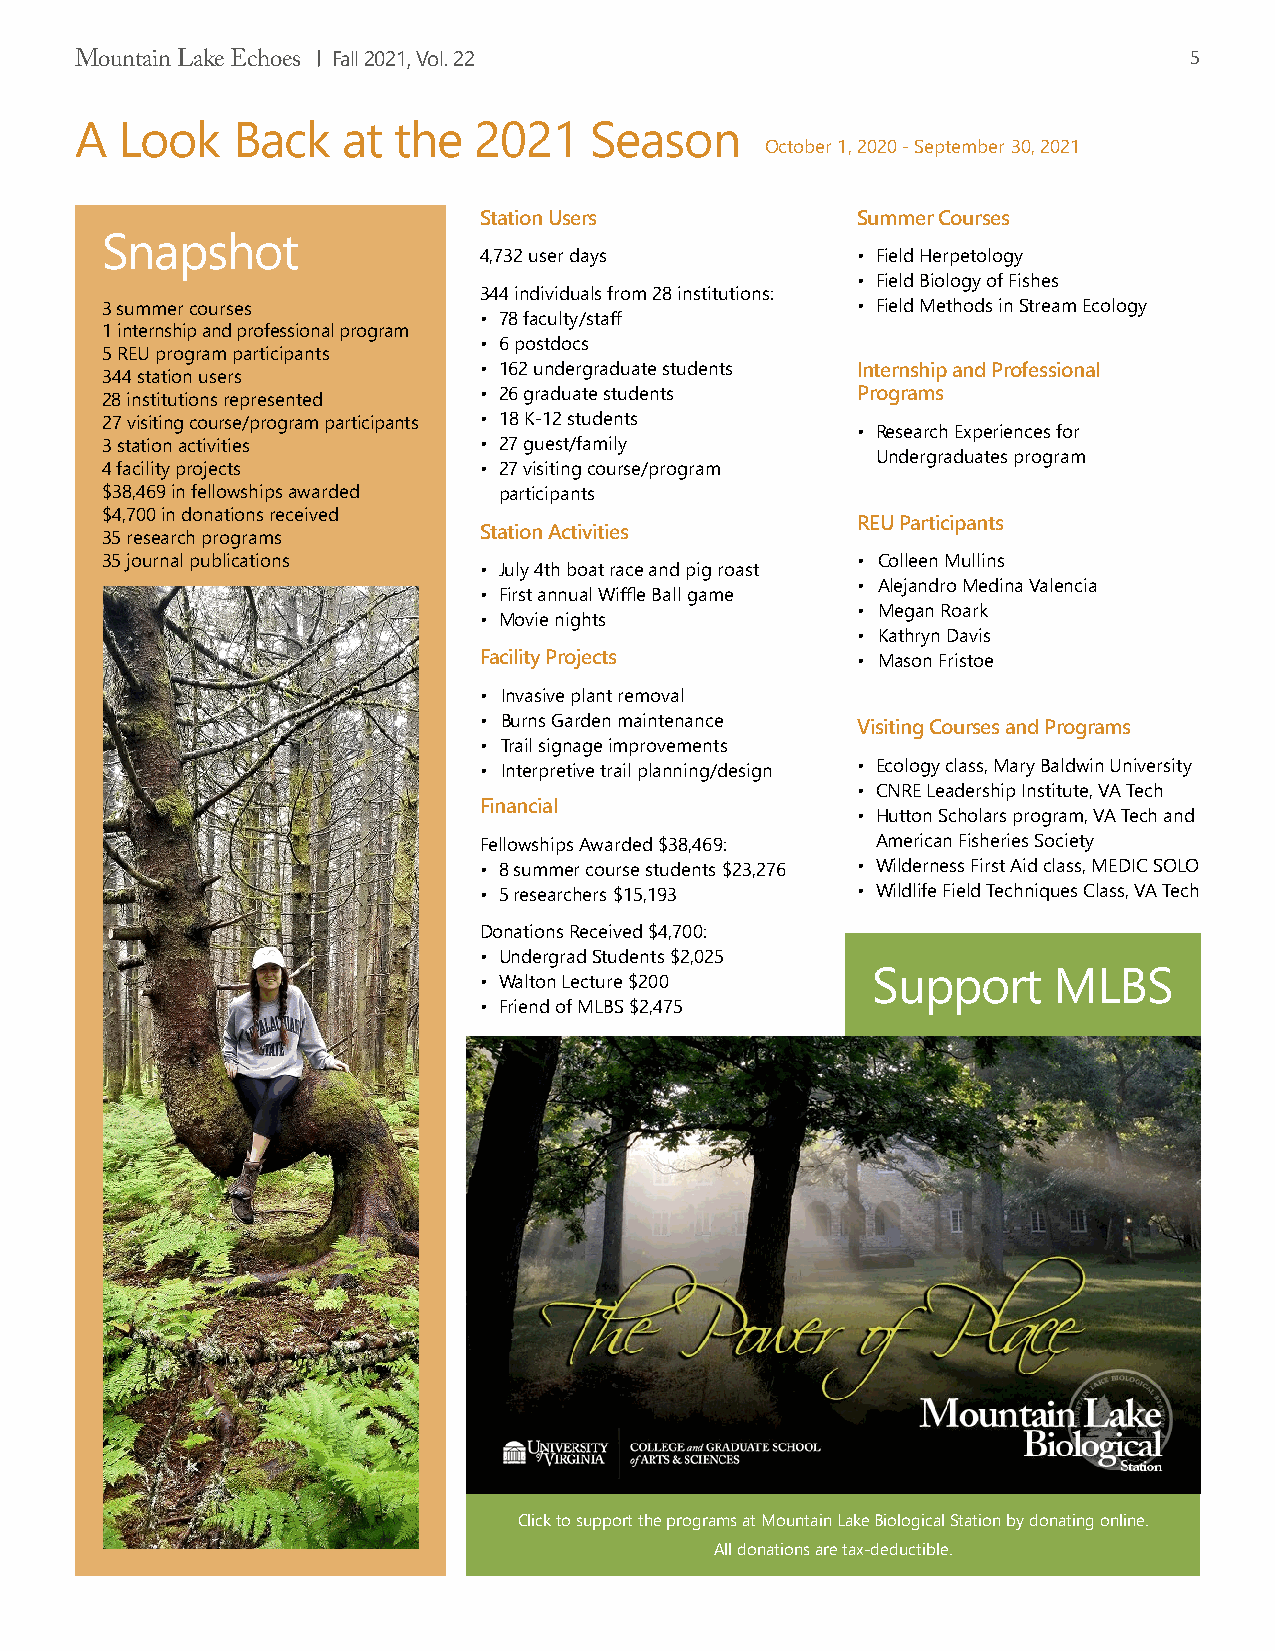
Mountain Lake Echoes Fall 2021, Vol. 22                                   5
 A  Look   Back    at the  2021    Season
 October 1, 2020 - September 30, 2021
 Station Users            Summer Courses
 Snapshot
 4,732 user days          • Field Herpetology
 • Field Biology of Fishes
 344 individuals from 28 institutions:
 3 summer courses                                  • Field Methods in Stream Ecology
 • 78 faculty/staff
 1 internship and professional program
 • 6 postdocs
 5 REU program participants
 • 162 undergraduate students Internship and Professional
 344 station users
 • 26 graduate students   Programs
 28 institutions represented
 27 visiting course/program participants • 18 K-12 students
 • Research Experiences for
 3 station activities     • 27 guest/family
 Undergraduates program
 4 facility projects      • 27 visiting course/program
 $38,469 in fellowships awarded participants
 $4,700 in donations received
 REU Participants
 35 research programs     Station Activities
 35 journal publications                           • Colleen Mullins
 • July 4th boat race and pig roast
 • Alejandro Medina Valencia
 • First annual Wiffle Ball game
 • Megan Roark
 • Movie nights
 • Kathryn Davis
 Facility Projects        • Mason Fristoe
 • Invasive plant removal
 • Burns Garden maintenance
 Visiting Courses and Programs
 • Trail signage improvements
 • Interpretive trail planning/design • Ecology class, Mary Baldwin University
 • CNRE Leadership Institute, VA Tech
 Financial
 • Hutton Scholars program, VA Tech and
 Fellowships Awarded $38,469: American Fisheries Society
 • 8 summer course students $23,276 • Wilderness First Aid class, MEDIC SOLO
 • 5 researchers $15,193  • Wildlife Field Techniques Class, VA Tech
 Donations Received $4,700:
 • Undergrad Students $2,025
 • Walton Lecture $200     Support     MLBS
 • Friend of MLBS $2,475
 Click to support the programs at Mountain Lake Biological Station by donating online.
 All donations are tax-deductible.